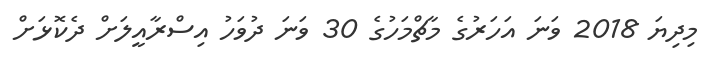
މިދިޔަ 2018 ވަނަ އަހަރުގެ މާޗްމަހުގެ 30 ވަނަ ދުވަހު އިސްރާއީލަށް ދެކޮޅަށް